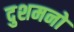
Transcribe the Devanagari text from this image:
दुशमनो